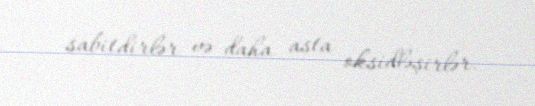
sabitdirlər və daha asta oksidləşirlər.